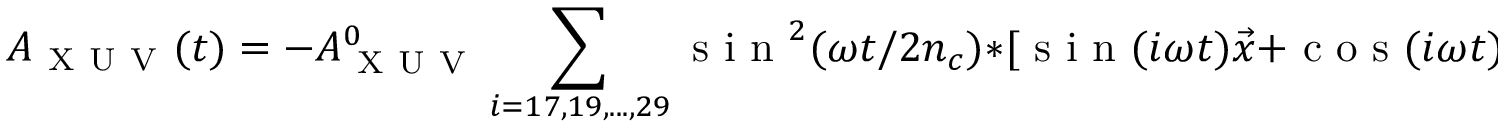
A _ { \mathrm { ~ X ~ U ~ V ~ } } ( t ) = - A _ { \mathrm { ~ X ~ U ~ V ~ } } ^ { 0 } \sum _ { i = 1 7 , 1 9 , . . . , 2 9 } \mathrm { ~ s ~ i ~ n ~ } ^ { 2 } ( \omega t / 2 n _ { c } ) * [ \mathrm { ~ s ~ i ~ n ~ } ( i \omega t ) \vec { x } + \mathrm { ~ c ~ o ~ s ~ } ( i \omega t ) \vec { y } ]